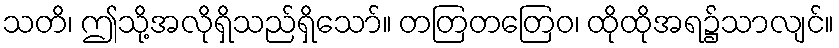
သတိ၊ ဤသို့အလိုရှိသည်ရှိသော်။ တတြတတြေဝ၊ ထိုထိုအရ၌သာလျင်။